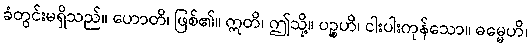
ခံတွင်းမရှိသည်။ ဟောတိ၊ ဖြစ်၏။ ဣတိ၊ ဤသို့။ ပဉ္စဟိ၊ ငါးပါးကုန်သော။ ဓမ္မေဟိ၊